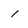
Character: 1